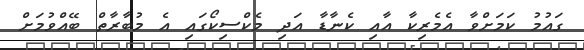
ގައުމު ކަމަށްވާ އެމެރިކާ އާއި ކެނާޑާ އަދި މެކްސިކޯގައި އެ މުބާރާތް ބޭއްވުމަށް